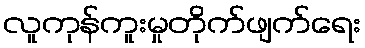
လူကုန်ကူးမှုတိုက်ဖျက်ရေး